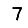
Digit: 7